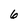
Character: 6